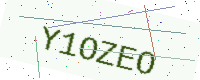
Text: Y1OZEO